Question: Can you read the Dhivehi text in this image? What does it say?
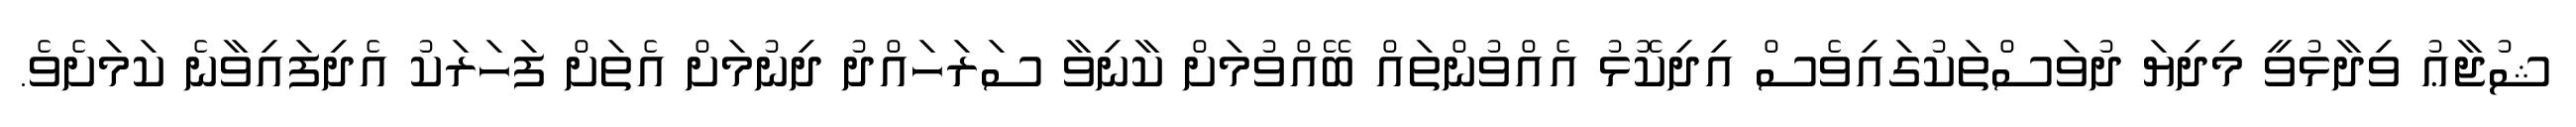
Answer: ޝުޖާޢު ވިދާޅުވީ މިދިޔަ ދުވަސްތަކުގައިވެސް އިދިކޮޅު އެއްވުންތައް ބޭއްވުމަށް ކާނިވާ ސަރަހައްދު ދިނުމަށް އެތަށް ފަހަރަކު އެދިފައިވާނެ ކަމަށެވެ.